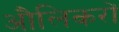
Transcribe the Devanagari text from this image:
औलिकरों